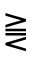
\gtreqqless